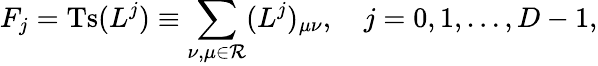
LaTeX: F_{j}=\mathrm{Ts}(L^{j})\equiv\sum_{\nu,\mu\in{\mathcal R}}(L^{j})_{\mu\nu},\quad j=0,1,\ldots,D-1,